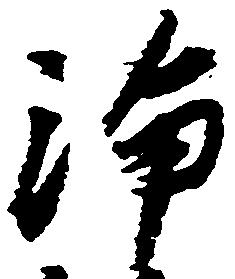
浄